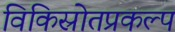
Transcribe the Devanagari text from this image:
विकिस्रोतप्रकल्प